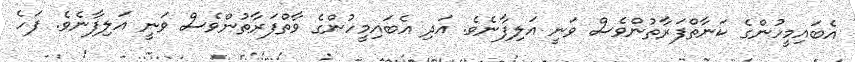
އެބައިމީހުންގެ ކަނާތްފަރާތުންވެސް ވަނީ އަލިފާނެވެ. އަދި އެބައިމީހުންގެ ވާތްފަރާތުންވެސް ވަނީ އަލިފާނެވެ. ފަހެ